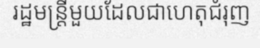
រដ្ឋមន្ត្រីមួយដែលជាហេតុជំរុញ